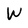
Character: W